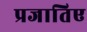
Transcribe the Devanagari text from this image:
प्रजातिए